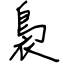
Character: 裊